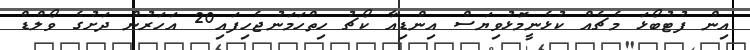
އިން ފުޓުބޯޅަ މެޗެއް ކުޅެނީމޮޅުވިޔަސް އިންޑިއާ ކޯޗު ހިތްހަމަނުޖެހިފައި20 އަހަރުން ދަށުގެ ވޯލްޑް